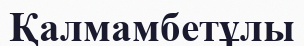
Қалмамбетұлы